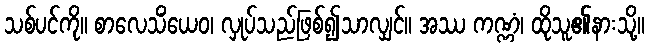
သစ်ပင်ကို။ စာလေသိံယေဝ၊ လှုပ်သည်ဖြစ်၍သာလျှင်။ အဿ ကဏ္ဏံ၊ ထိုသူ၏နားသို့။